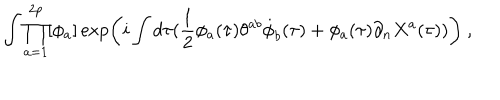
\int \prod _ { a = 1 } ^ { 2 p } [ \phi _ { a } ] \exp \left( i \int d \tau ( \frac { 1 } { 2 } \phi _ { a } ( \tau ) \theta ^ { a b } \dot { \phi } _ { b } ( \tau ) + \phi _ { a } ( \tau ) \partial _ { n } X ^ { a } ( \tau ) ) \right) \ ,